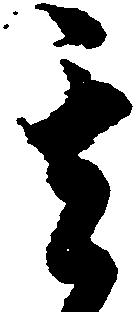
其